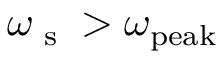
\omega _ { \textrm { s } } > \omega _ { \mathrm { p e a k } }